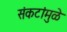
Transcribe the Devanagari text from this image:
संकटांमुळे